Lock hospitals Punjab
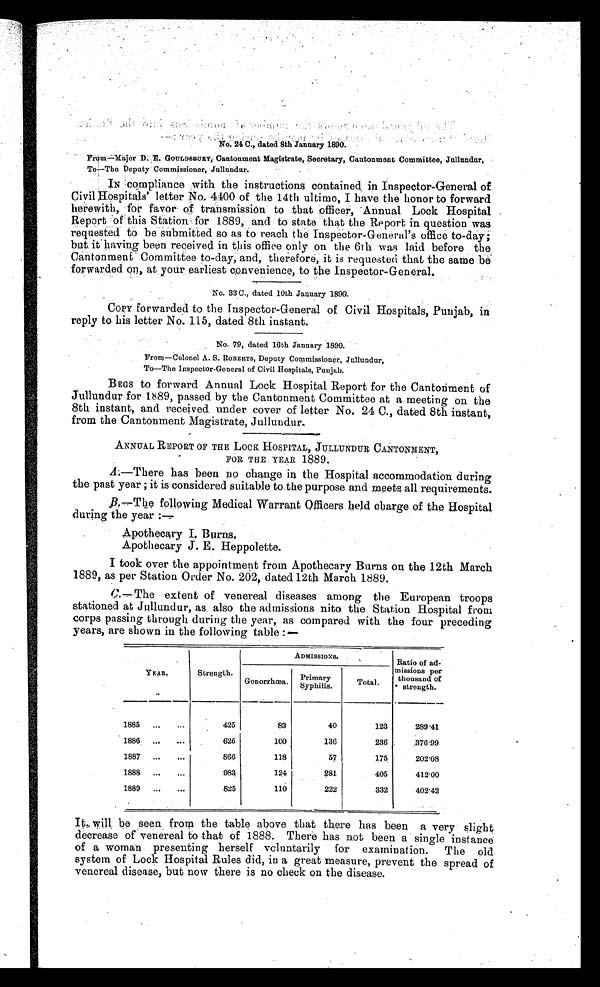
NO. 24 C., dated 8th January 1890.
From—Major D. E. GOULDSBURY Cantonment Magistrate, Secretary, Cantonment Committee, Jullundur,
To—The Deputy Commissioner, Jullundur.
IN compliance with the instructions contained in Inspector-General of
Civil Hospitals letter No. 4400 of the 14th ultimo, I have the honor to forward
herewith, for favor of transmission to that officer, Annual Lock Hospita
l R e p o r t o f t h i s S t a t i o n f o r 1 8 8 9 , a n d t o s t a t e t h a t t h e R e p o r t i n q u e s t i o n w a s
requested to be submitted so as to reach the Inspector-General's office to-day ;
but it having been received in this office only on the 6th was laid before the
Cantonment Committee to-day, and, therefore, it is requested that the same be
forwarded on, at your earliest convenience, to the Inspector-General.
No. 33C., dated 10th January 1890.
COPY forwarded to the Inspector-General of Civil Hospitals, Punjab, in
reply to his letter No. 115, dated 8th instant.
No. 79 dated 16th January 1890.
From—Colonel A. S. ROBERTS, Deputy Commissioner, Jullundur,
To—The Inspector-General of Civil Hospitals, Punjab.
BEGS to forward Annual Lock Hospital Report for the Cantonment of
Jullundur for 1889, passed by the Cantonment Committee at meeting on the
8th instant, and received under cover of letter No. 24 C., dated 8th instant,
from the Cantonment Magistrate, Jullundur.
ANNUAL REPORT OF THE LOCK HOSPITAL, JUILUNDUR CANTONMENT,
FOR THE YEAR 1889.
A. —There has been no change in the Hospital accommodation during
the past year ; it is considered suitable to the purpose and meets all requirements.
B.—The following Medical Warrant Officers held charge of the Hospital
during the year :
—
Apothecary I, Burns
.
Apothecary J . E. Heppolette.
I took over the appointment from Apothecary Burns on the 12th March
1889, as per Station Order No. 202, dated 12th March 1889.
C.—The extent of venereal diseases among the European troops
stationed at Jullundur, as also the admissions nito the Station Hospital from
corps passing through during the year, as compared with the four preceding
years, are shown in the following table:—
YEAR.
Strength.
ADMISSIONS.
Ratio of ad-
missions per
thousand of
strength.
Gonorrhœa.
Primary
Syphilis.
Total.
1885
...
...
425
83
40
123
289.41
1886
...
...
626
100
136
236
376.99
1887 ...
...
866
118
57
175
202.08
1888
...
...
983
124
2 8 1
405
412.00
1889
...
...
825
110
222
332
402.42
It will be seen from the table above that there has been a very slight
decrease of venereal to that of 1888. There has not been a single instance
of a woman presenting herself voluntarily for examination. The old
system of Lock Hospital Rules did, in a great measure, prevent the spread of
venereal disease, but now there is no check on the disease.